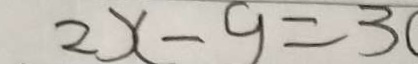
2 x - 9 = 3